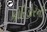
કોરિડોરની